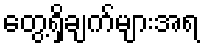
တွေ့ရှိချက်များအရ